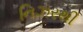
નિઝરથી